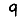
Digit: 9